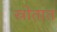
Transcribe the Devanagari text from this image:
स्रोतात